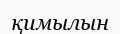
қимылын